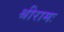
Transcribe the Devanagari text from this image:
श्रीरामः